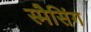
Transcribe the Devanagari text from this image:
स्मैसिंग